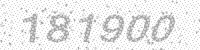
Solution: 181900